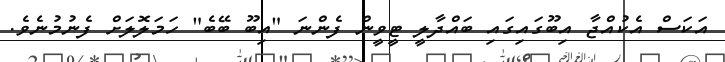
އަކަސް އެކުއްޖާ އިބޫގައިގައި ބައްދާލީ ޓީވީން ފެންނަ "އިބޫ ބޭބެ" ހަމަލޮލަށް ފެނުމުނެވެ.